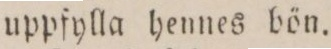
uppfylla hennes bön.